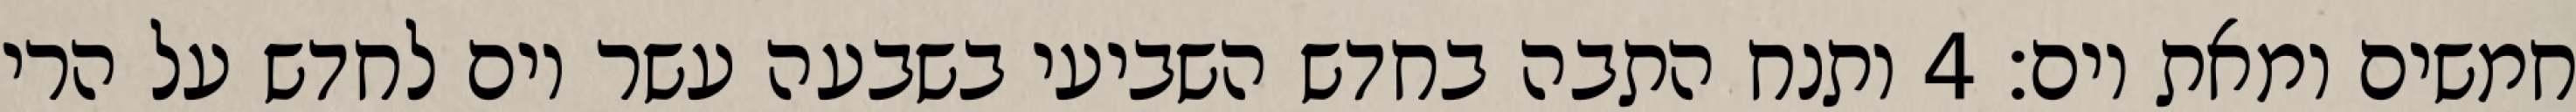
חמשים ומאת יום׃ ‎4‏ ותנח התבה בחדש השביעי בשבעה עשר יום לחדש על הרי